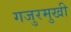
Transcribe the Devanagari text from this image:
गजुरमुखी